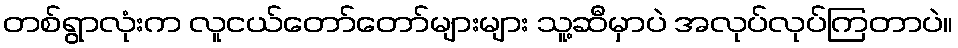
တစ်ရွာလုံးက လူငယ်တော်တော်များများ သူ့ဆီမှာပဲ အလုပ်လုပ်ကြတာပဲ။